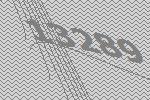
13289